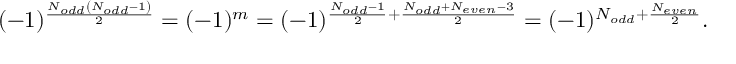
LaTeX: ( - 1 ) ^ { \frac { N _ { o d d } \left( N _ { o d d } - 1 \right) } { 2 } } = ( - 1 ) ^ { m } = ( - 1 ) ^ { \frac { N _ { o d d } - 1 } { 2 } + \frac { N _ { o d d } + N _ { e v e n } - 3 } { 2 } } = ( - 1 ) ^ { N _ { o d d } + \frac { N _ { e v e n } } { 2 } } .